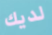
لديك